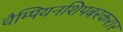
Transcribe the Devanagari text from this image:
चैम्पियनशिपबरकरार